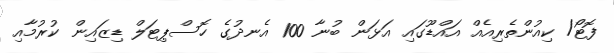
ފޮޓޯ/ ކިއުންތެރިއެއް އައްޑޫގައި އަޅަން ބުނާ 100 އެނދުގެ ހޮސްޕިޓަލް ޑިޒައިން ކުރުމާއި